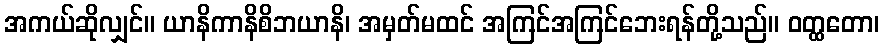
အကယ်ဆိုလျှင်။ ယာနိကာနိစိဘယာနိ၊ အမှတ်မထင် အကြင်အကြင်ဘေးရန်တို့သည်။ ဝတ္ထတော၊